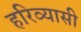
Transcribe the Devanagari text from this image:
हरिव्यासी